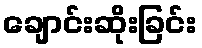
ချောင်းဆိုးခြင်း